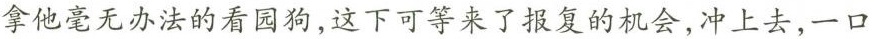
拿他毫无办法的看园狗，这下可等来了报复的机会，冲上去，一口